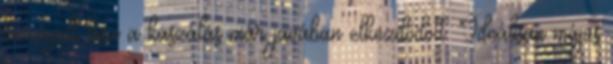
bizonyult hisz a kaszálás már javában elkezdődött. Ideálisan május